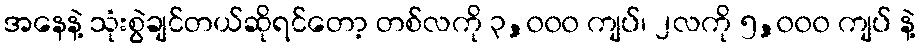
အနေနဲ့ သုံးစွဲချင်တယ်ဆိုရင်တော့ တစ်လကို ၃,၀၀၀ ကျပ်၊ ၂လကို ၅,၀၀၀ ကျပ် နဲ့